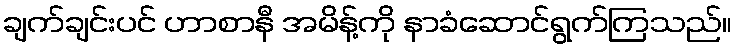
ချက်ချင်းပင် ဟာစာနီ အမိန့်ကို နာခံဆောင်ရွက်ကြသည်။